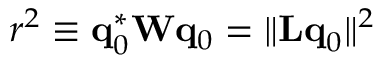
r ^ { 2 } \equiv { \bf q } _ { 0 } ^ { * } { \bf W } { \bf q } _ { 0 } = \| { \bf L q } _ { 0 } \| ^ { 2 }